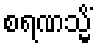
စရဏသ္မိံ